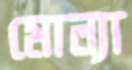
মোল্যা